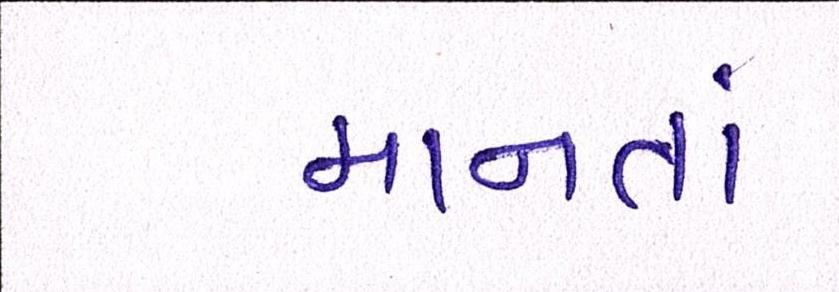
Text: માનતાં